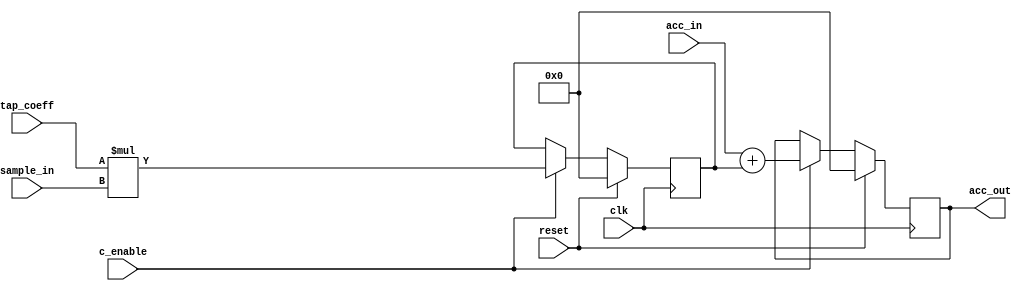
`timescale 1ns / 1ps
//////////////////////////////////////////////////////////////////////////////////
// Company: Kepler Communications Hiring Process
// 
// Design Name: NTAP Stage
// Module Name: tap_stage
// Project Name: N Tap FIR Filter
// Target Devices: 
// Tool Versions: Vivado 2021.2
// Description: 
// 
// Dependencies: 
// 
// Revision:
// Revision 0.01 - File Created
// Additional Comments:
// 
//////////////////////////////////////////////////////////////////////////////////


module tap_stage #(
        // Declaration of parameters for module
        parameter input_width = 16,
        parameter tap_width = 16,
        parameter output_width = 32
    )(
        // Inputs & Outputs for N stage in FIR
        input wire clk,
        input wire reset,
        input wire c_enable,
        
        input wire signed [(tap_width-1):0] tap_coeff,
        input wire signed [(input_width-1):0] sample_in,
        
        input wire [(output_width-1):0] acc_in,
        output reg [(output_width-1):0] acc_out
    );
    // Variables for operations 
    reg signed [(output_width-1):0] product;
    
    // Perform multiplication 
    always @(posedge clk) begin
        if (reset) begin
            product <= 0;
        end else if (c_enable) begin
            product <= tap_coeff * sample_in;
        end
    
    end
    
    // Accumulator stage 
    initial acc_out = 0;
    always @(posedge clk) begin
        if (reset) begin
            acc_out <= 0;
        end else if (c_enable) begin
            acc_out <= acc_in + product;
        end
    end
    
endmodule